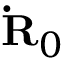
{ \bf { \dot { R } } } _ { 0 }